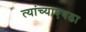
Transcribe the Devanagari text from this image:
त्यांच्याएवढा